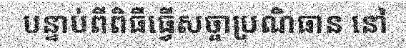
បន្ទាប់ពីពិធីធ្វើសច្ចាប្រណិធាន នៅ